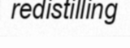
redistilling